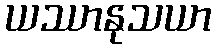
ယဿာနုသယာ